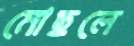
মোছলে